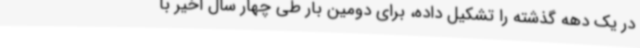
در یک دهه گذشته را تشکیل داده، برای دومین بار طی چهار سال اخیر با